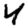
Digit: 4